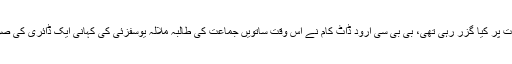
اس صورتحال میں طالبات پر کیا گزر رہی تھی، بی بی سی ارود ڈاٹ کام نے اس وقت ساتویں جماعت کی طالبہ ملالہ یوسفزئی کی کہانی ایک ڈائری کی صورت میں شائع کی تھی۔